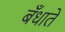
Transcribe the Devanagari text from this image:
बँधाते